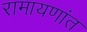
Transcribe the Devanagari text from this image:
रामायणांत